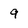
Character: 9